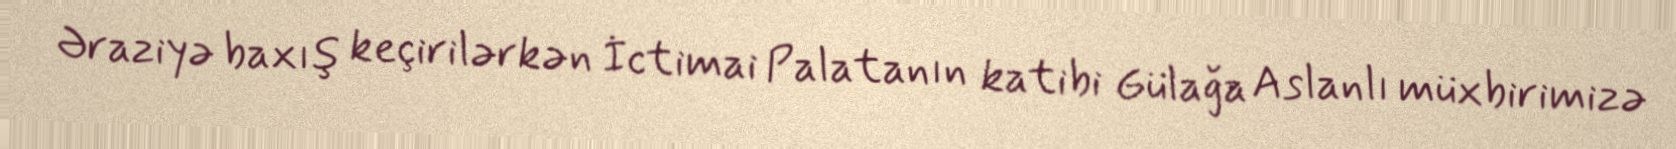
Əraziyə baxış keçirilərkən İctimai Palatanın katibi Gülağa Aslanlı müxbirimizə